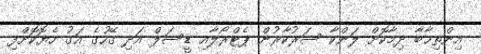
އިންތިޚާބާ ދިމާކޮށް ލަންކާ ސަރުކާރުން ޕެޓްރޯލާއި ޑީސަލް އަދި ގޭހުގެ އަގު ހެޔޮކޮށްފި